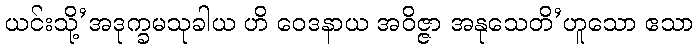
ယင်းသို့’အဒုက္ခမသုခါယ ဟိ ဝေဒနာယ အဝိဇ္ဇာ အနုသေတိ’ဟူသော ဧသာ